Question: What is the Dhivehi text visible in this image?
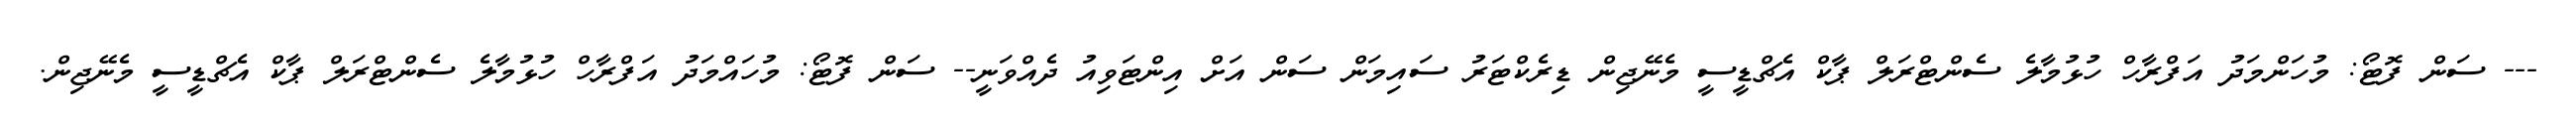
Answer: --- ސަން ފޮޓޯ: މުހަންމަދު އަފްރާހް ހުޅުމާލެ ސެންޓްރަލް ޕާކް އެޗްޑީސީ މެނޭޖިން ޑިރެކްޓަރު ސައިމަން ސަން އަށް އިންޓަވިއު ދެއްވަނީ-- ސަން ފޮޓޯ: މުހައްމަދު އަފްރާހް ހުޅުމާލެ ސެންޓްރަލް ޕާކް އެޗްޑީސީ މެނޭޖިން.